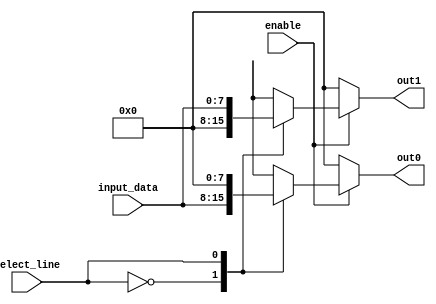
module data_distributor (
    input wire enable,
    input wire select_line, // 1
    input wire [7:0] input_data,
    output reg [7:0] out0,
    output reg [7:0] out1
);

// 
initial begin
    out0 = 0;
    out1 = 0;
end

// 
always @(enable, select_line, input_data) begin
    // enable0
    if (!enable) begin
        out0 = 0;
        out1 = 0;
    end else begin
        // select_lineinput_data
        case (select_line)
            1'b0: begin
                out0 = input_data;
                out1 = 0;
            end
            1'b1: begin
                out0 = 0;
                out1 = input_data;
            end
            default: begin
                out0 = 0;
                out1 = 0;
            end
        endcase
    end
end

endmodule